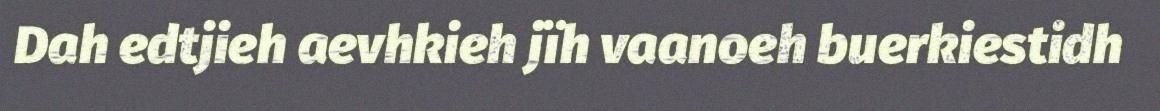
Dah edtjieh aevhkieh jïh vaanoeh buerkiestidh